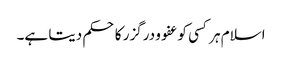
اسلام ہر کسی کو عفو و درگزر کا حکم دیتا ہے۔